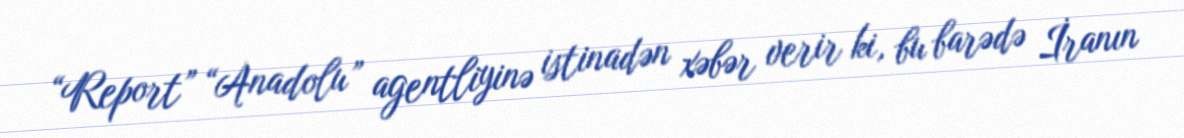
“Report” “Anadolu” agentliyinə istinadən xəbər verir ki, bu barədə İranın